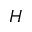
H